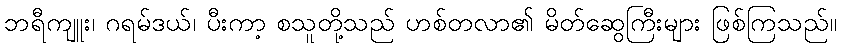
ဘရီကျူး၊ ဂရမ်ဒယ်၊ ပီးကာ့ စသူတို့သည် ဟစ်တလာ၏ မိတ်ဆွေကြီးများ ဖြစ်ကြသည်။